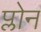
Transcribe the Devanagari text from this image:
प्लोन